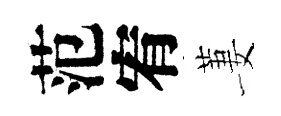
范宥萋